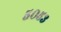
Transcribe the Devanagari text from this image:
५०५३